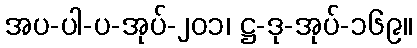
အပ-ပါ-ပ-အုပ်-၂၀၁၊ ဋ္ဌ-ဒု-အုပ်-၁၆၉။